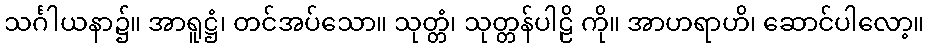
သင်္ဂါယနာ၌။ အာရူဋ္ဌံ၊ တင်အပ်သော။ သုတ္တံ၊ သုတ္တန်ပါဠိ ကို။ အာဟရာဟိ၊ ဆောင်ပါလော့။